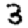
Digit: 3